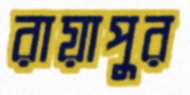
রায়াপুর